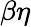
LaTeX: \beta\eta